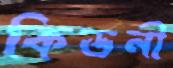
কিডনী